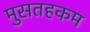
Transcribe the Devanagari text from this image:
मुसतहकम